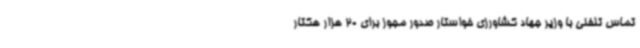
تماس تلفنی با وزیر جهاد کشاورزی خواستار صدور مجوز برای 20 هزار هکتار